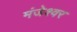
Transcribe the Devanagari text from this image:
मंजेश्वर